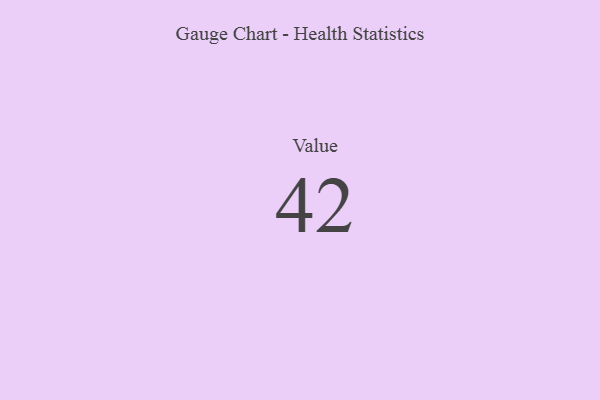
{"axis": {"x": "Metric", "y": "Value"}, "legend": [""], "data": [{"x": "Value", "y": 42, "type": ""}]}